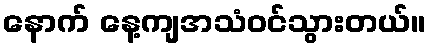
နောက် နေ့ကျအသံဝင်သွားတယ်။